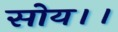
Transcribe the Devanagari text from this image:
सोय।।